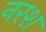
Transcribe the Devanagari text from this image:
नरश